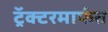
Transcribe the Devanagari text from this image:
ट्रॅक्टरमार्फत